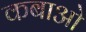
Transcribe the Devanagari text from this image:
कबाओ